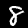
Digit: 8